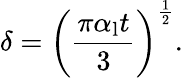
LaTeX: \delta=\left({\frac{\pi\alpha_{\mathrm{l}}t}{3}}\right)^{\frac{1}{2}}.